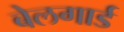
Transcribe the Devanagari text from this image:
बेलगार्ड